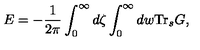
E = - { \frac { 1 } { 2 \pi } } \int _ { 0 } ^ { \infty } d \zeta \int _ { 0 } ^ { \infty } d w \mathrm { T r } _ { s } G ,